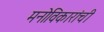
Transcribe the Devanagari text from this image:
मनोविकारांची